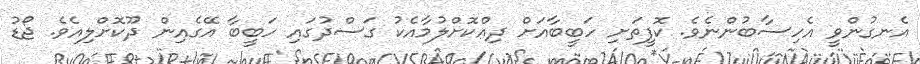
އެނގުންވީ އެހިސާބުންނެވެ. ކޮފީތަށި ހަބީބާއަށް ދިއްކޮށްލުމާއެކު ގަސްދުގައި ހަބީބާ އޭގެއިން ދޫކޮށްލިއެވެ. ޖޯޑު